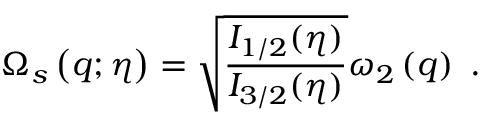
\Omega _ { s } \left( q ; \eta \right) = \sqrt { \frac { I _ { 1 / 2 } ( \eta ) } { I _ { 3 / 2 } ( \eta ) } } \omega _ { 2 } \left( q \right) \ .